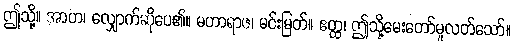
ဤသို့။ အာဟ၊ လျှောက်ဆိုပေ၏။ မဟာရာဇ၊ မင်းမြတ်။ ဧတ္ထ၊ ဤသို့မေးတော်မူလတ်သော်။